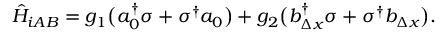
\begin{array} { r } { \hat { H } _ { i A B } = g _ { 1 } \big ( a _ { 0 } ^ { \dagger } \sigma + \sigma ^ { \dagger } a _ { 0 } \big ) + g _ { 2 } \big ( b _ { \Delta x } ^ { \dagger } \sigma + \sigma ^ { \dagger } b _ { \Delta x } \big ) . } \end{array}